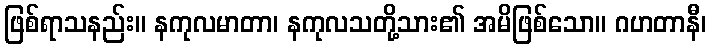
ဖြစ်ရာသနည်း။ နကုလမာတာ၊ နကုလသတို့သား၏ အမိဖြစ်သော။ ဂဟတာနီ၊